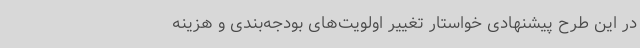
در این طرح پیشنهادی خواستار تغییر اولویت‌های بودجه‌بندی و هزینه‌